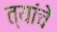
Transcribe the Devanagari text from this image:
त्यांचेेें